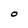
Character: O